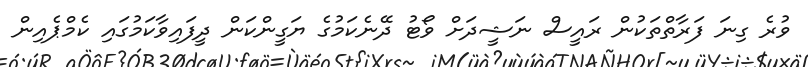
ވުރެ ގިނަ ފަރާތްތަކުން ރައީސް ނަޝީދަށް ވޯޓު ދޭނެކަމުގެ ޔަގީންކަން ދީފައިވާކަމުގައި ކެމްޕެއިން